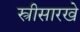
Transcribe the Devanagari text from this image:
स्त्रीसारखे